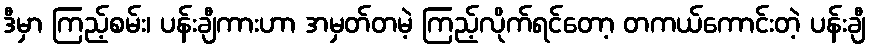
ဒီမှာ ကြည့်စမ်း၊ ပန်းချီကားဟာ အမှတ်တမဲ့ ကြည့်လိုက်ရင်တော့ တကယ်ကောင်းတဲ့ ပန်းချီ